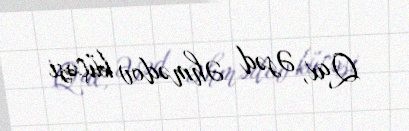
Qax, Əsəd Əhmədov küçəsi